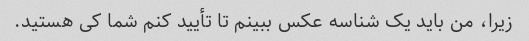
زیرا، من باید یک شناسه عکس ببینم تا تأیید کنم شما کی هستید.